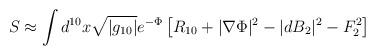
LaTeX: \begin{align*}S \approx \int d^{10}x \sqrt{|g_{10}|} e^{-\Phi} \left[ R_{10} +|\nabla \Phi |^2 - |dB_2|^2 -F_2^2 \right]\end{align*}